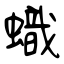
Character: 蟙